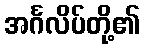
အင်္ဂလိပ်တို့၏